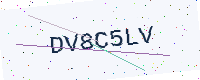
Text: DV8C5LV